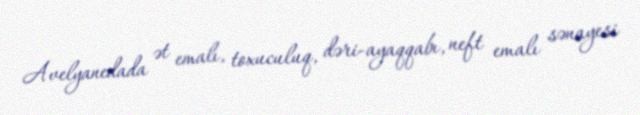
Avelyanedada ət emalı, toxuculuq, dəri-ayaqqabı, neft emalı sənayesi